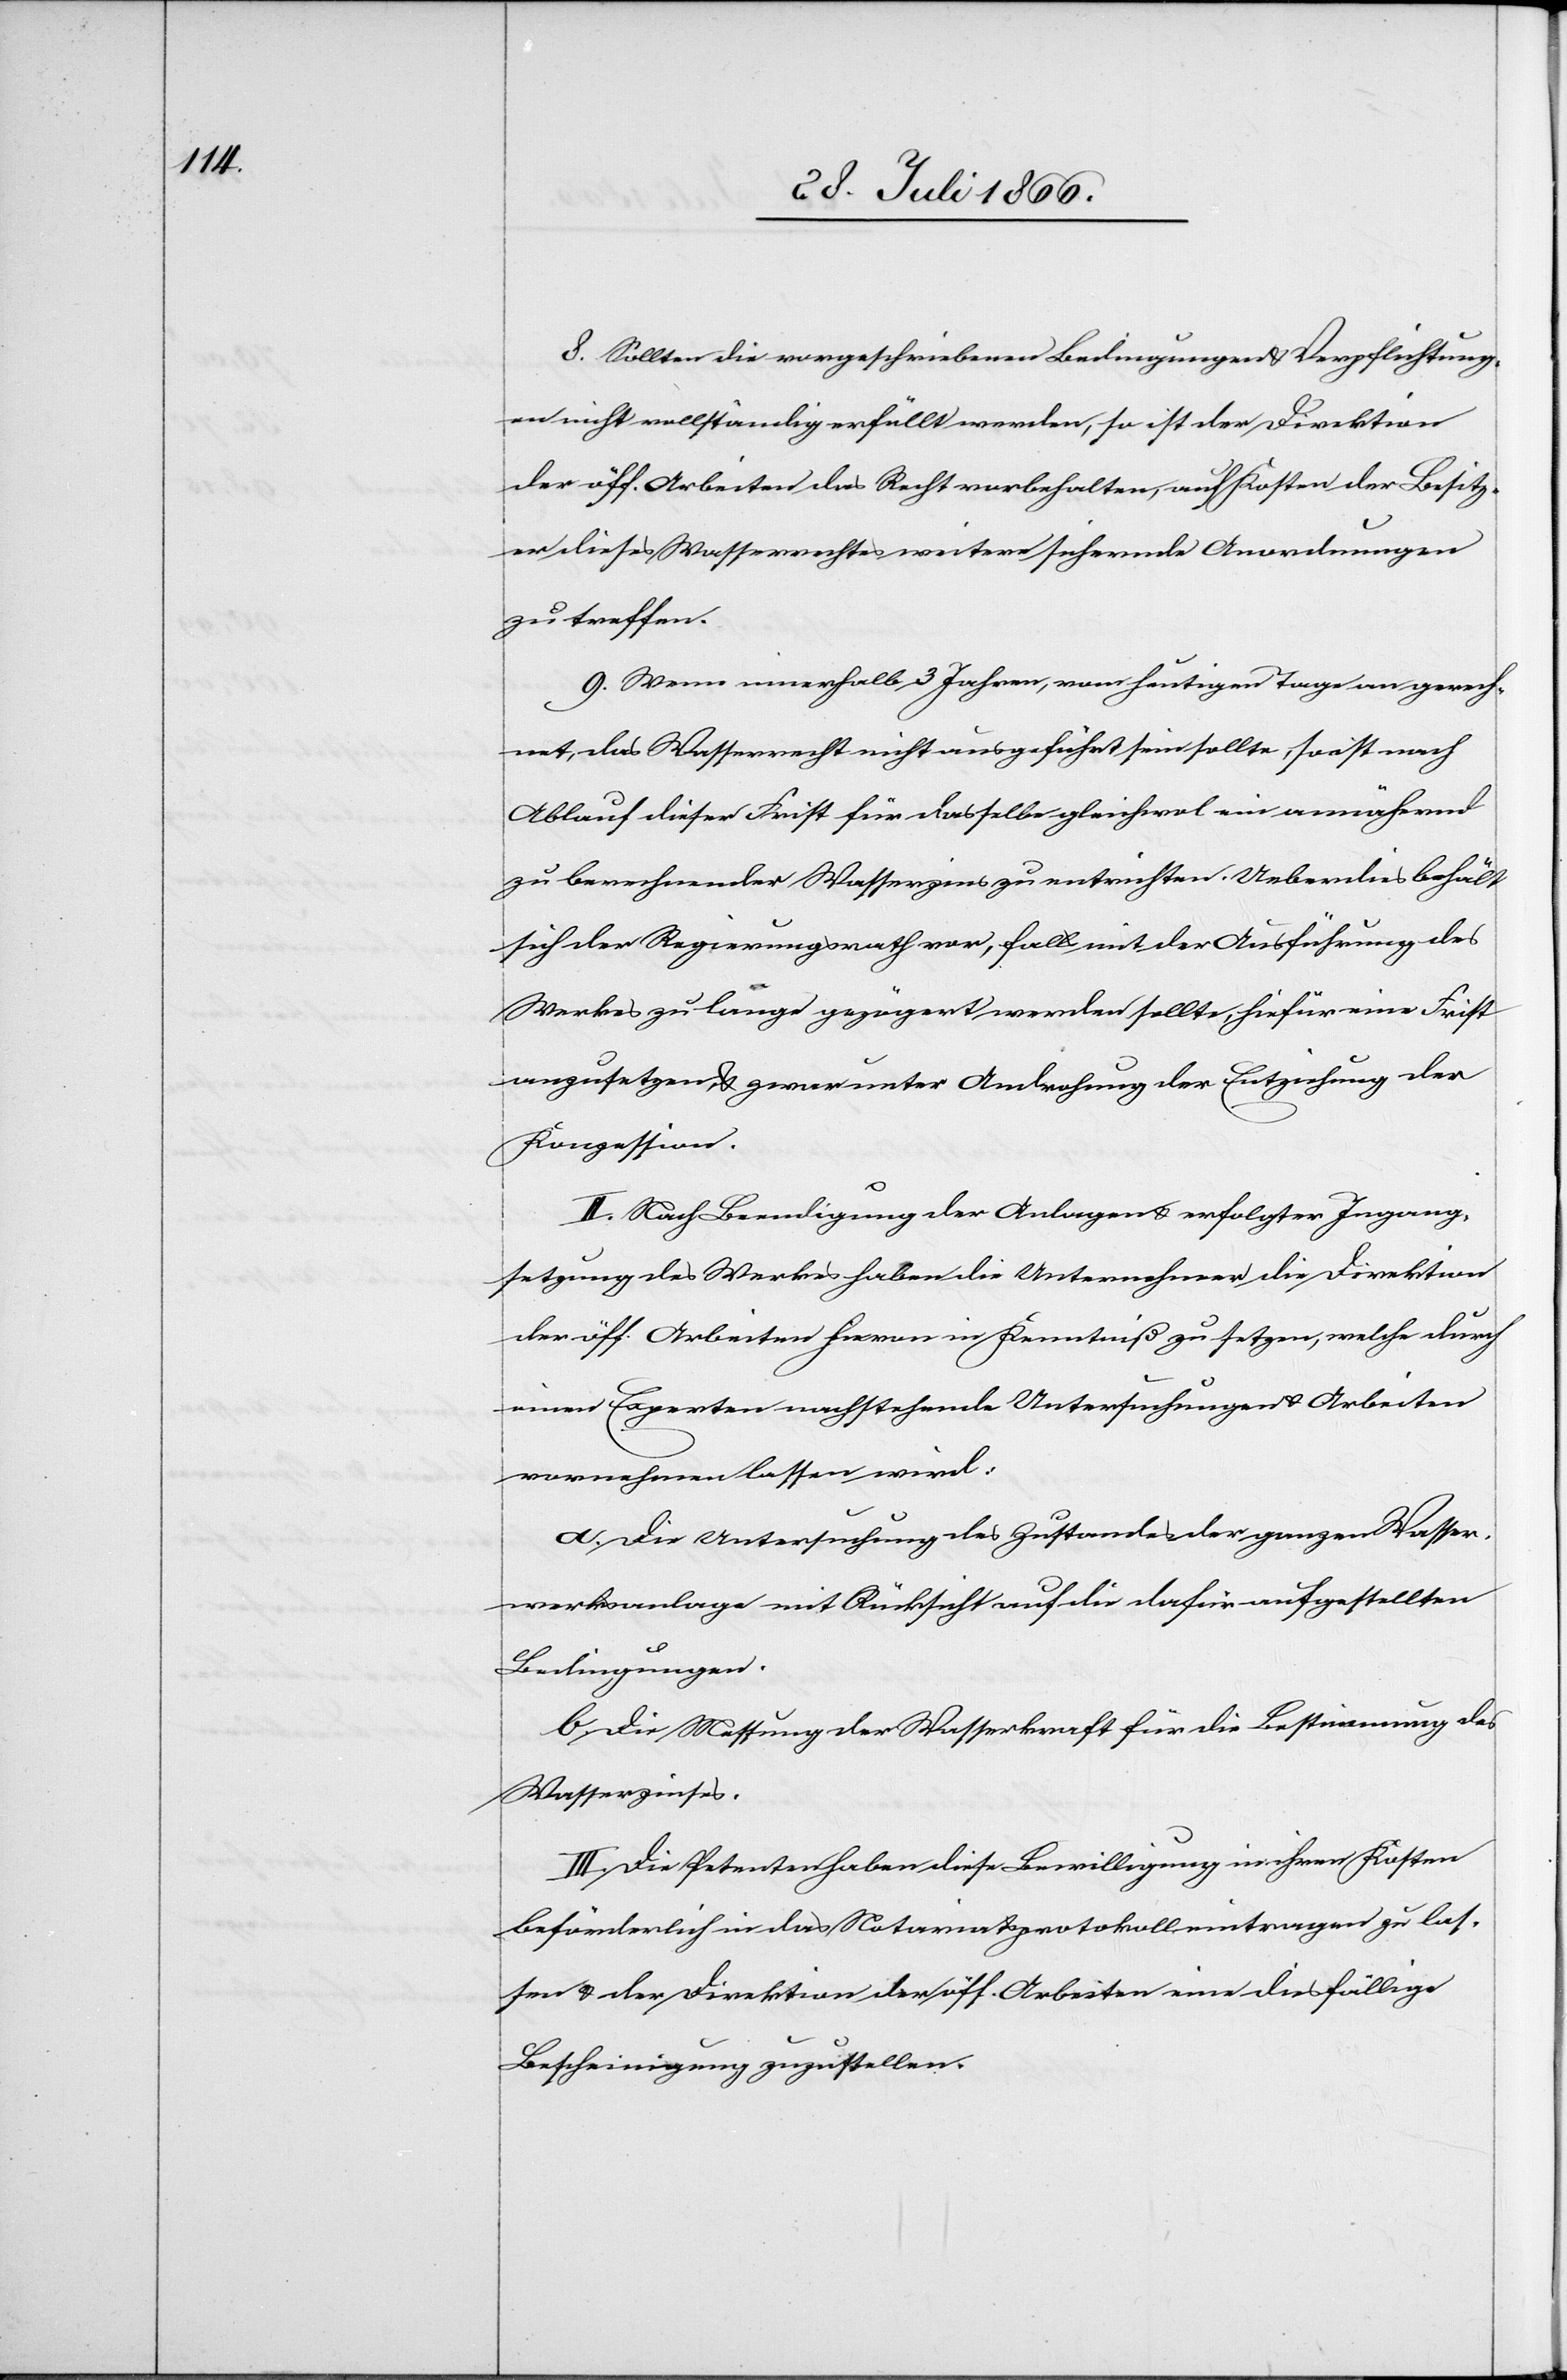
8. Sollten die vorgeschriebenen Bedingungen u. Verpflichtung¬
en nicht vollständig erfüllt werden, so ist der Direktion
der öff. Arbeiten das Recht vorbehalten, auf Kosten der Besitz¬
er dieses Wasserrechtes weitere sichernde Anordnungen
zu treffen.
9. Wenn innerhalb 3 Jahren, vom heutigen Tage an gerech¬
net, das Wasserrecht nicht ausgeführt sein sollte, so ist nach
Ablauf dieser Frist für dasselbe gleichwol ein annähernd
zu berechnender Wasserzins zu entrichten. Ueberdies behält
sich der Regierungsrath vor, falls mit der Ausführung des
Werkes zu lange gezögert werden sollte, hiefür eine Frist
anzusetzen u. zwar unter Androhung der Entziehung der
Konzession.
II. Nach Beendigung der Anlagen u. erfolgter Ingang¬
setzung des Werkes haben die Unternehmer die Direktion
der öff. Arbeiten hievon in Kenntniß zu setzen, welche durch
einen Experten nachstehende Untersuchungen u. Arbeiten
vornehmen lassen wird:
a. Die Untersuchung des Zustandes der ganzen Wasser¬
werksanlage mit Rücksicht auf die dafür aufgestellten
Bedingungen.
b. Die Messung der Wasserkraft für die Bestimmung des
Wasserzinses.
III. Die Petenten haben diese Bewilligung in ihren Kosten
besönderlich in das Notariatsprotokoll eintragen zu las¬
sen u. der Direktion der öff. Arbeiten eine diesfällige
Bescheinigung zuzustellen.